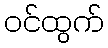
ဝင်ထွက်